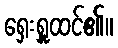
ရှေးရှူထင်၏။